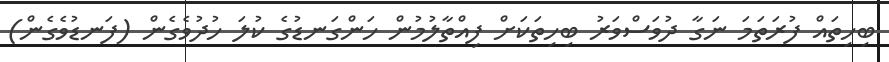
ބިހިތައް ފުރަތަމަ ނަގާ ދުވަސްވަރު ބިހިތަކަށް ފިއްތާލުމުން ހަންގަނޑުގެ ކުލަ ހުދުވެގެން (ފަނޑުވެގެން)